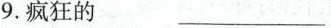
9.疯狂的 ___